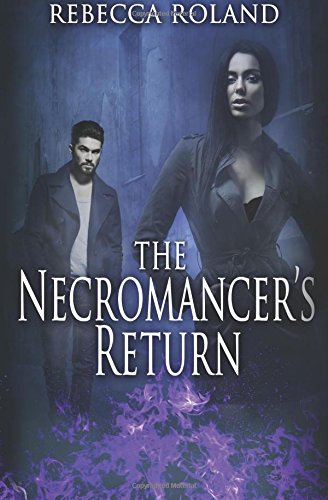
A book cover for The Necromancer's Return (The Necromancer's Inheritance) (Volume 2); Rebecca Roland; Science Fiction & Fantasy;